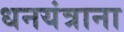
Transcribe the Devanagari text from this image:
धनयंत्राना